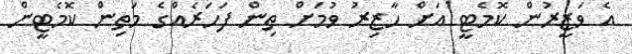
އެ ވަޒީރުން ކޮމެޓީ އަށް ހާޒިރު ވުމަށް ތިން ފަހަރެއްގެ މަތިން ކޮމެޓީން